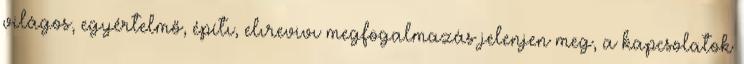
világos, egyértelmő, építı, elırevivı megfogalmazás jelenjen meg, a kapcsolatok